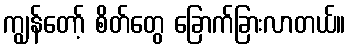
ကျွန်တော့် စိတ်တွေ ခြောက်ခြားလာတယ်။